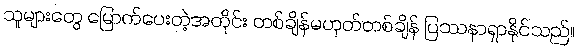
သူများတွေ မြောက်ပေးတဲ့အတိုင်း တစ်ချိန်မဟုတ်တစ်ချိန် ပြဿနာရှာနိုင်သည်။